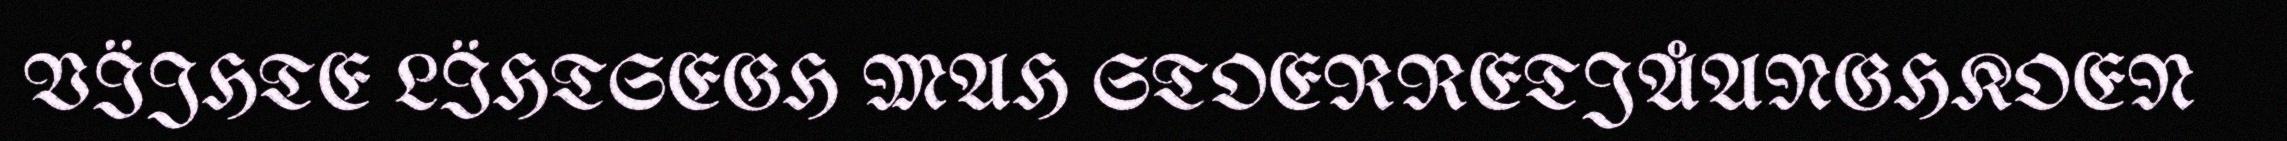
VÏJHTE LÏHTSEGH MAH STOERRETJÅANGHKOEN